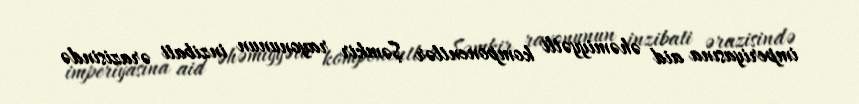
imperiyasına aid əhəmiyyətli komponentlər Şəmkir rayonunun inzibati ərazisində